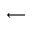
\longleftarrow